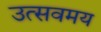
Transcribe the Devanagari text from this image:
उत्सवमय